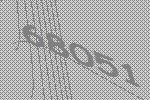
68051